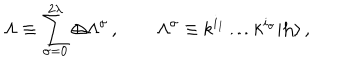
LaTeX: \Lambda \equiv \sum _ { \sigma = 0 } ^ { 2 \lambda } \oplus \Lambda ^ { \sigma } \, , \qquad \Lambda ^ { \sigma } \equiv { \sf k } ^ { i _ { 1 } } \ldots { \sf k } ^ { i _ { \sigma } } | { \bf h } \rangle \, ,